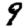
Digit: 9